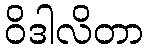
ဝိဒါလိတာ